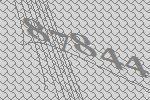
87844